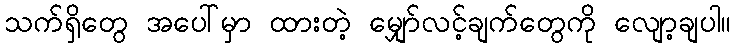
သက်ရှိတွေ အပေါ်မှာ ထားတဲ့ မျှော်လင့်ချက်တွေကို လျော့ချပါ။